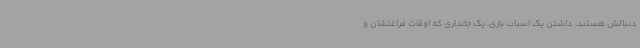
دنبالش هستند، داشتن یک اسباب بازی، یک جانداری که اوقات فراغتشان و